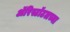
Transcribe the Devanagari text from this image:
ॲरिस्टॉटलच्या